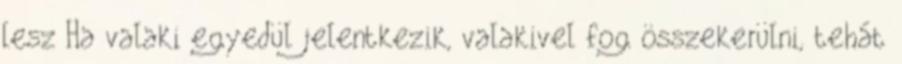
lesz Ha valaki egyedül jelentkezik, valakivel fog összekerülni, tehát